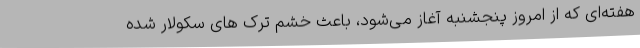
هفته‌ای که از امروز پنجشنبه آغاز می‌شود، باعث خشم ترک های سکولار شده